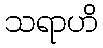
သရာဟိ